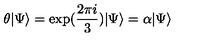
\theta \vert \Psi \rangle = \exp ( \frac { 2 \pi i } { 3 } ) \vert \Psi \rangle = \alpha \vert \Psi \rangle